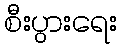
စီးပွားရေး